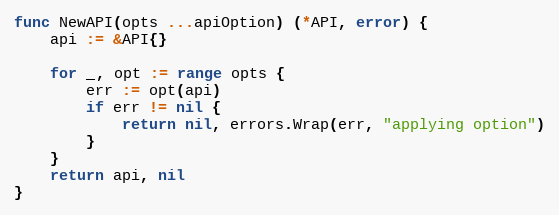
Language: Go
func NewAPI(opts ...apiOption) (*API, error) {
	api := &API{}

	for _, opt := range opts {
		err := opt(api)
		if err != nil {
			return nil, errors.Wrap(err, "applying option")
		}
	}
	return api, nil
}